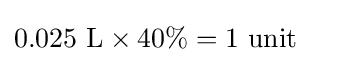
{\begin{aligned}0.025{\mbox{ L}}\times 40\%&=1{\mbox{ unit}}\end{aligned}}